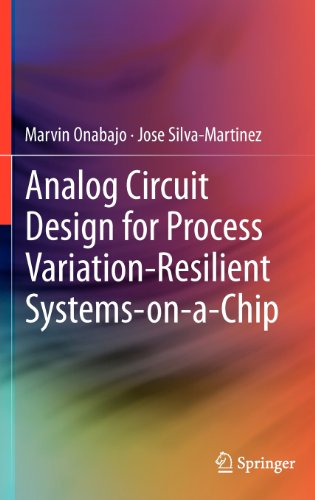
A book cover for Analog Circuit Design for Process Variation-Resilient Systems-on-a-Chip; Marvin Onabajo; Engineering & Transportation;